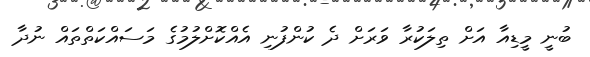
ބުނީ މީޑިއާ އަށް ތިލަކުރާ ވަރަށް ދެ ކުންފުނި އެއްކޮށްލުމުގެ މަސައްކަތްތައް ނުދާ